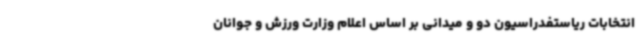
انتخابات ریاستفدراسیون دو و میدانی بر اساس اعلام وزارت ورزش و جوانان